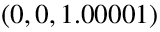
( 0 , 0 , 1 . 0 0 0 0 1 )